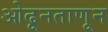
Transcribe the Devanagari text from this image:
ओढूनताणून